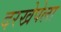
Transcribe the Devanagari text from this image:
दरखेपेला